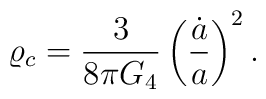
\varrho_c={3\over{8\pi G_4}}\left({\dot{a}\over a}\right)^2.